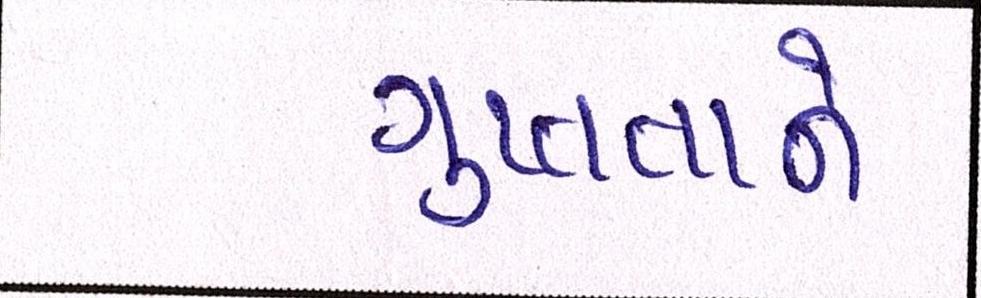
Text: ગુપ્તતાને